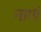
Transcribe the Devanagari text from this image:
नाणं